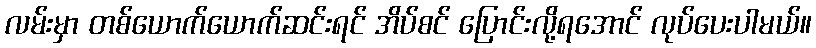
လမ်းမှာ တစ်ယောက်ယောက်ဆင်းရင် အိပ်စင် ပြောင်းလို့ရအောင် လုပ်ပေးပါမယ်။